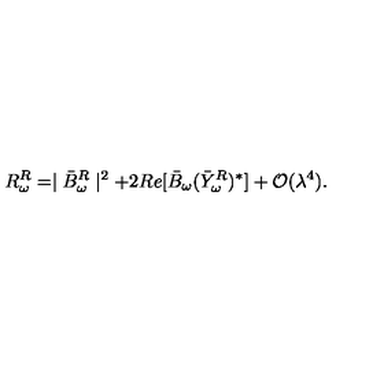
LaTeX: R _ { \omega } ^ { R } = \mid \bar { B } _ { \omega } ^ { R } \mid ^ { 2 } + 2 R e [ \bar { B } _ { \omega } ( \bar { Y } _ { \omega } ^ { R } ) ^ { \ast } ] + { \cal O } ( \lambda ^ { 4 } ) .